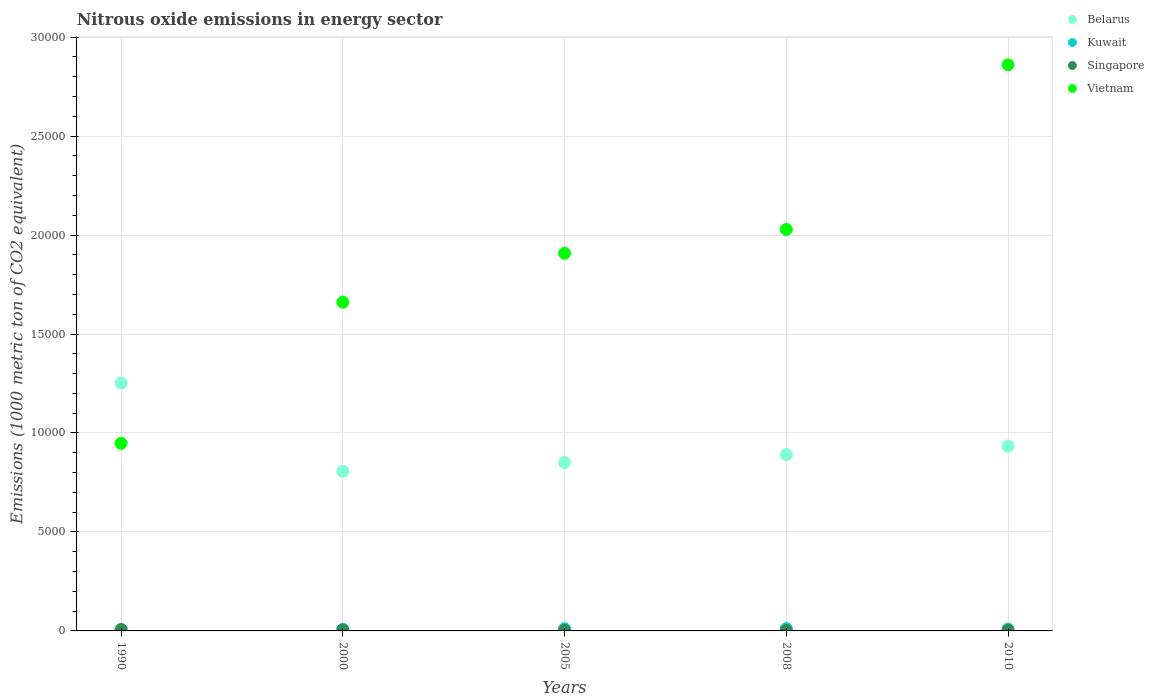
| Years | Belarus | Kuwait | Singapore | Vietnam |
 | --- | --- | --- | --- | --- |
 | 1990 | 1.25e+04 | 36.7 | 73.5 | 9.48e+03 |
 | 2000 | 8.07e+03 | 81.9 | 40.5 | 1.66e+04 |
 | 2005 | 8.51e+03 | 110 | 29.5 | 1.91e+04 |
 | 2008 | 8.91e+03 | 115 | 32.6 | 2.03e+04 |
 | 2010 | 9.33e+03 | 94.9 | 34.1 | 2.86e+04 |